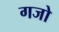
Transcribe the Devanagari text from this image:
गजो